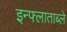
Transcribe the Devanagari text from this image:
इन्फ्लाताब्ले